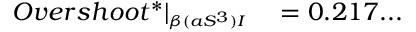
\begin{array} { r l } { O v e r s h o o t ^ { * } | _ { \substack { _ { \beta ( a S ^ { 3 } ) I } } } } & { { } = 0 . 2 1 7 . . . } \end{array}